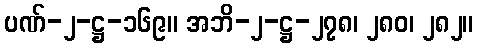
ပဏ်-၂-ဋ္ဌ-၁၆၉။ အဘိ-၂-ဋ္ဌ-၂၇၈၊ ၂၈၀၊ ၂၈၂။